Civil Veterinary Dept. North-West Frontier Province 1901-22 - 1901-1922
Year: 1901
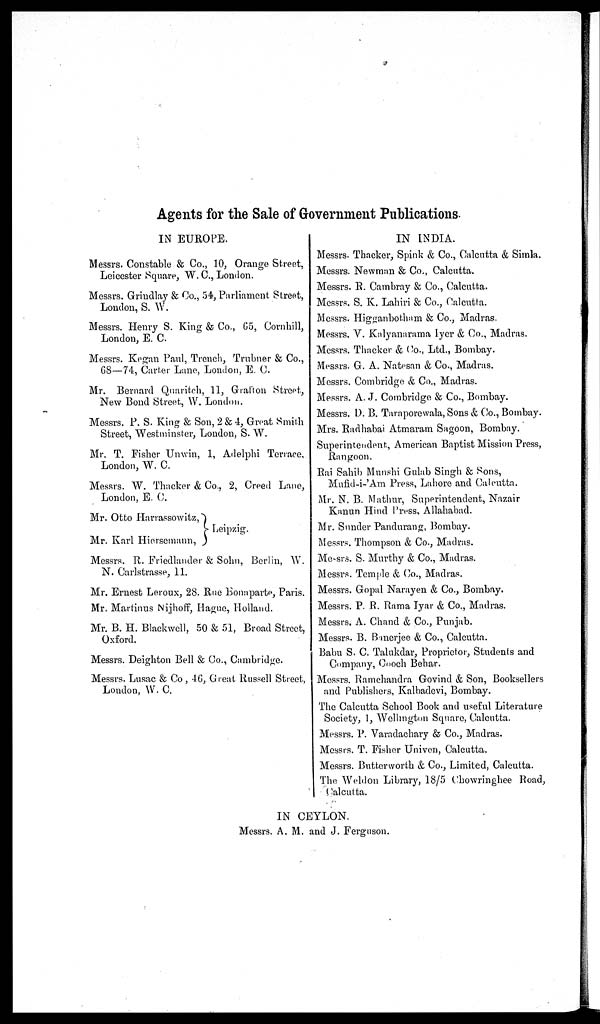
Agents for the Sale of Government Publications.
IN EUROPE.
Messrs. Constable & Co., 10, Orange Street,
Leicester Square, W. C., London.
Messrs. Grindlay & Co., 54, Parliament Street,
London, S. W.
Messrs. Henry S. King & Co., 65, Cornhill,
London, E. C.
Messrs. Kegan Paul, Trench, Trubner & Co.,
68—74, Carter Lane, London, E. C.
Mr. Bernard Quaritch, 11, Grafton Street,
New Bond Street, W. London.
Messrs. P. S. King & Son, 2 & 4, Great Smith
Street, Westminster, London, S. W.
Mr. T. Fisher Unwin, 1, Adelphi Terrace,
London, W. C.
Messrs. W. Thacker & Co., 2, Creed Lane,
London, E. C.
Mr. Otto Harrassowitz,
Leipzig.
Mr. Karl Hiersemann,
Messrs. R. Friedlander & Sohn, Berlin, W.
N. Carlstrasse, 11.
Mr. Ernest Leroux, 28. Rue Bonaparte, Paris.
Mr. Martinus Nijhoff, Hague, Holland.
Mr. B. H. Blackwell, 50 & 51, Broad Street,
Oxford.
Messrs. Deighton Bell & Co., Cambridge.
Messrs. Lusac & Co , 46, Great Russell Street,
London, W. C.
IN INDIA.
Messrs. Thacker, Spink & Co., Calcutta & Simla.
Messrs. Newman & Co., Calcutta.
Messrs. R. Cambray & Co., Calcutta.
Messrs. S. K. Lahiri & Co., Calcutta.
Messrs. Higganbotham & Co., Madras.
Messrs. V. Kalyanarama Iyer & Co., Madras.
Messrs. Thacker & Co., Ltd., Bombay.
Messrs. G. A. Natesan & Co., Madras.
Messrs. Combridge & Co., Madras.
Messrs. A. J. Combridge & Co., Bombay.
Messrs. D. B. Taraporewala, Sons & Co., Bombay.
Mrs. Radhabai Atmaram Sagoon, Bombay.
Superintendent, American Baptist Mission Press,
Rangoon.
Rai Sahib Munshi Gulab Singh & Sons,
Mufid-i-'Am Press, Lahore and Calcutta.
Mr. N. B. Mathur, Superintendent, Nazair
Kanun Hind Press, Allahabad.
Mr. Sunder Pandurang, Bombay.
Messrs. Thompson & Co., Madras.
Messrs. S. Murthy & Co., Madras.
Messrs. Temple & Co., Madras.
Messrs. Gopal Narayen & Co., Bombay.
Messrs. P. R. Rama Iyar & Co., Madras.
Messrs. A. Chand & Co., Punjab.
Messrs. B. Banerjee & Co., Calcutta.
Babu S. C. Talukdar, Proprietor, Students and
Company, Cooch Behar.
Messrs. Ramchandra Govind & Son, Booksellers
and Publishers, Kalbadevi, Bombay.
The Calcutta School Book and useful Literature
Society, 1, Wellington Square, Calcutta.
Messrs. P. Varadachary & Co., Madras.
Messrs. T. Fisher Univen, Calcutta.
Messrs. Butterworth & Co., Limited, Calcutta.
The Weldon Library, 18/5 Chowringhee Road,
Calcutta.
IN CEYLON.
Messrs. A. M. and J. Ferguson.